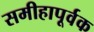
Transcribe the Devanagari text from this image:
समीहापूर्वक